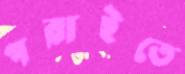
পরাইতে